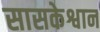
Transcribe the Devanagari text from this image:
सासकेश्वान